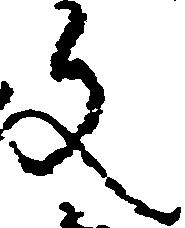
文